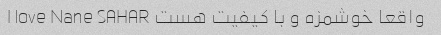
واقعا خوشمزه و با کیفیت هست I love Nane SAHAR